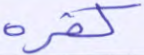
كفره